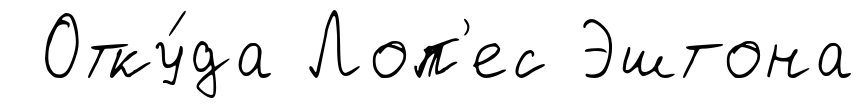
Отку́да Лоп'ес Эштона